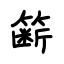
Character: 簖